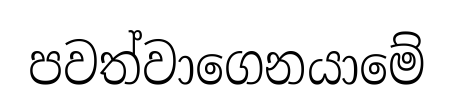
පවත්වාගෙනයාමේ